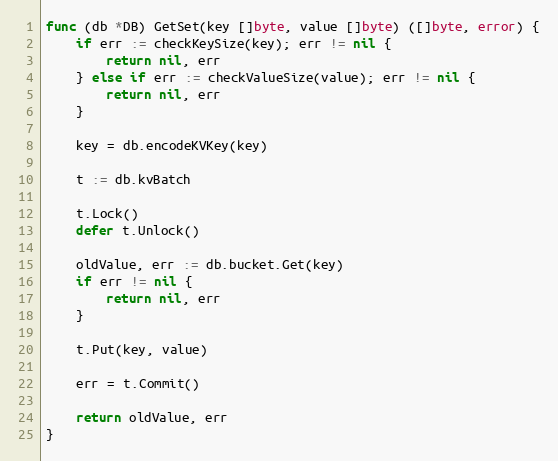
Language: Go
func (db *DB) GetSet(key []byte, value []byte) ([]byte, error) {
	if err := checkKeySize(key); err != nil {
		return nil, err
	} else if err := checkValueSize(value); err != nil {
		return nil, err
	}

	key = db.encodeKVKey(key)

	t := db.kvBatch

	t.Lock()
	defer t.Unlock()

	oldValue, err := db.bucket.Get(key)
	if err != nil {
		return nil, err
	}

	t.Put(key, value)

	err = t.Commit()

	return oldValue, err
}